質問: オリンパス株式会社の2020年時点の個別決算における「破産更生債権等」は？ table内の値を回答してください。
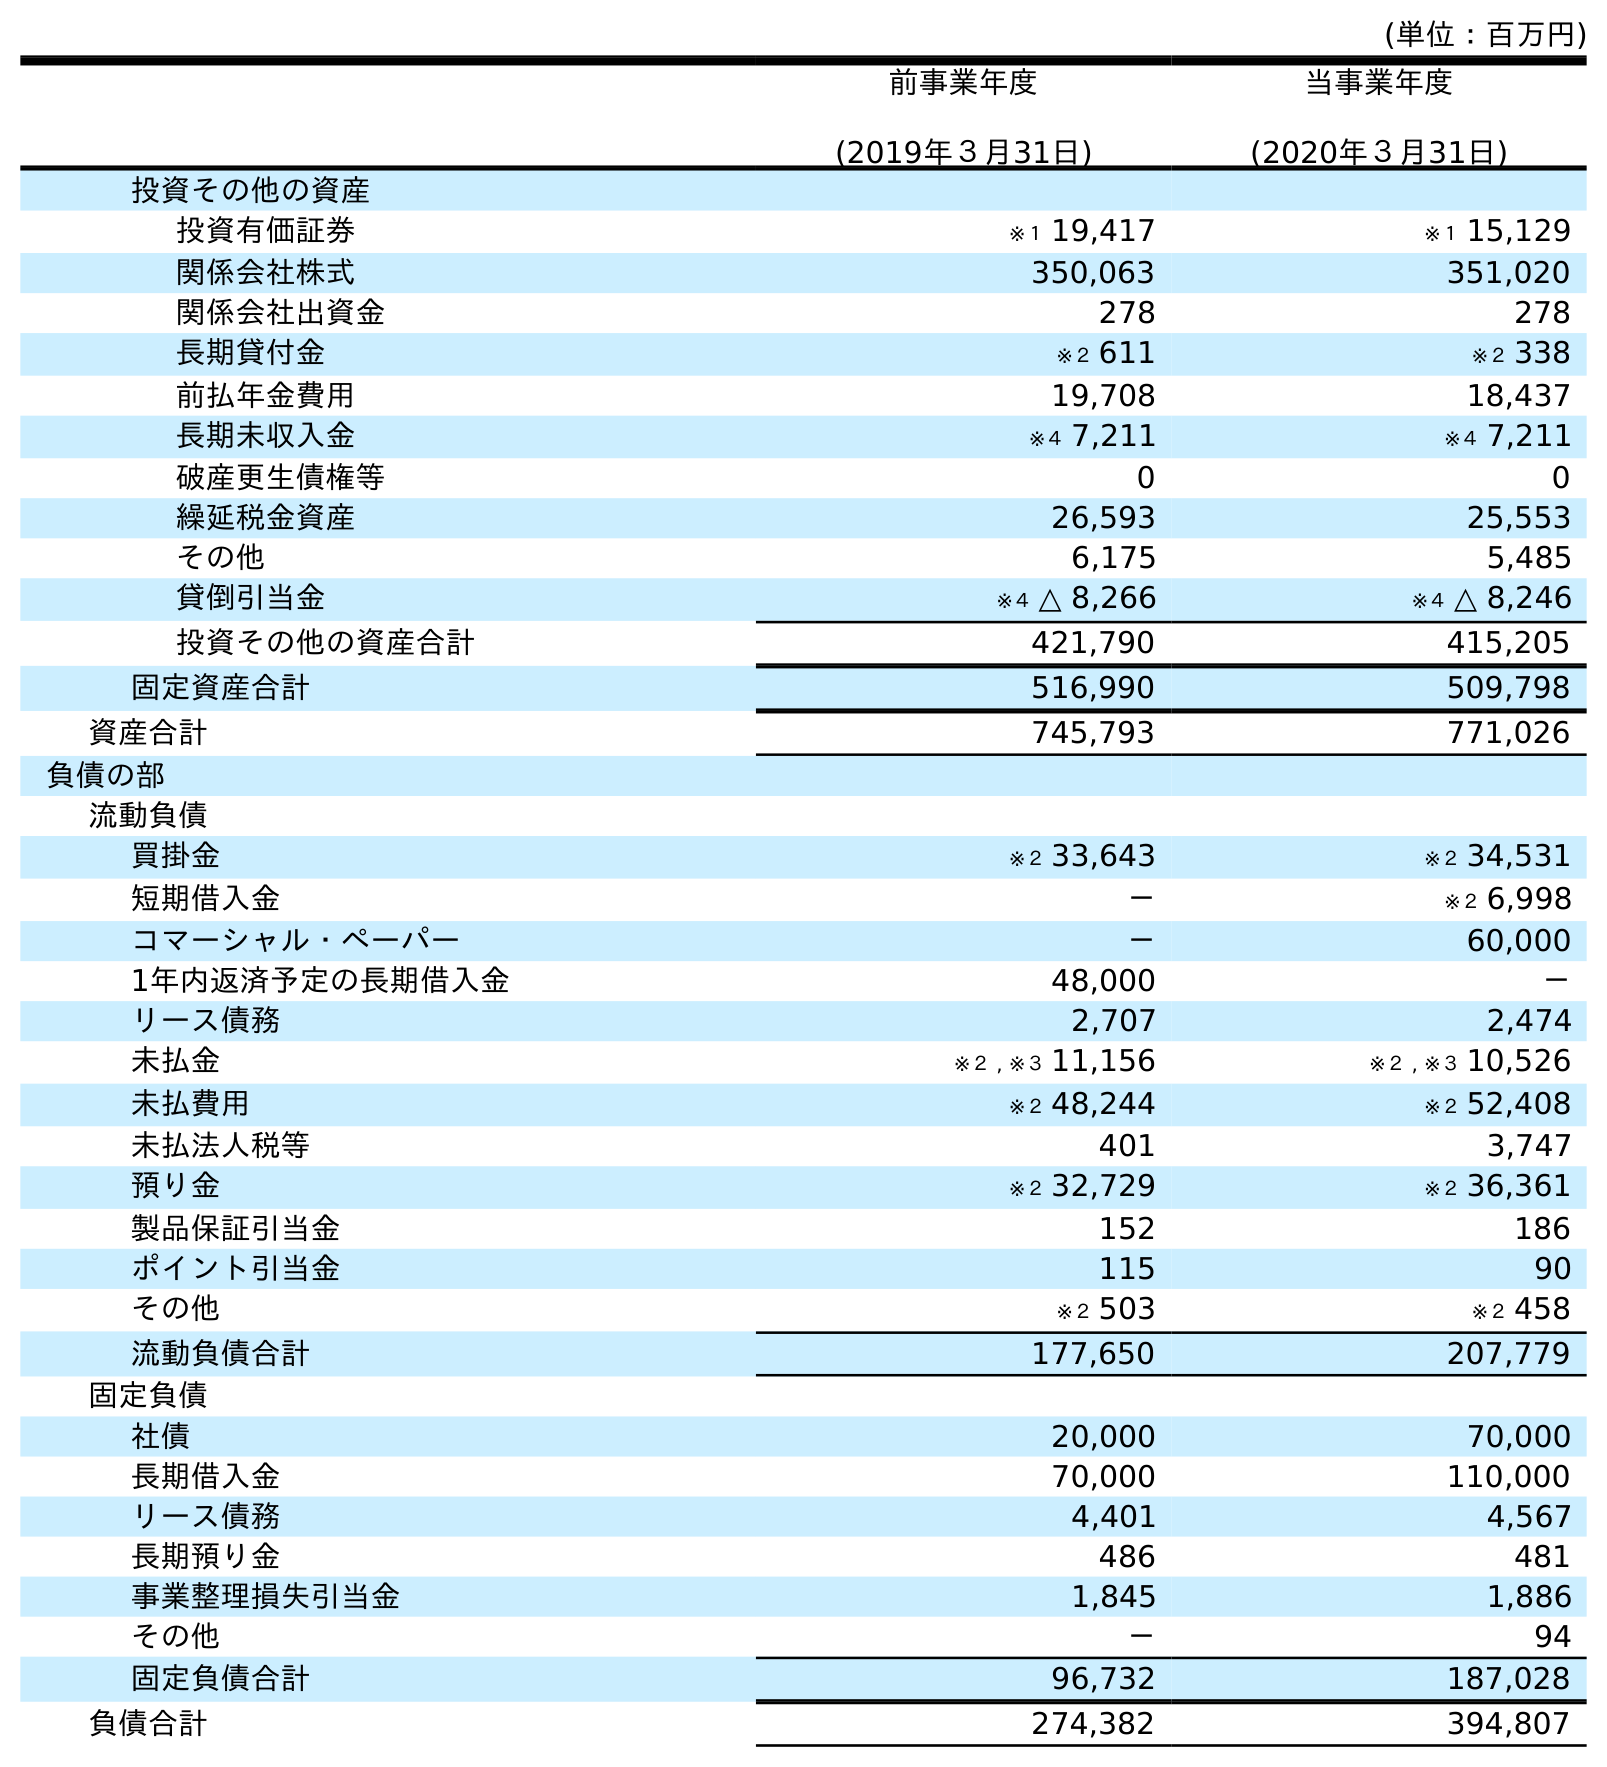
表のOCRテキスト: (単位：百万円) 前事業年度 (2019年３月31日) 当事業年度 (2020年３月31日) 投資その他の資産 投資有価証券 ※１ 19,417 ※１ 15,129 関係会社株式 350,063 351,020 関係会社出資金 278 278 長期貸付金 ※２ 611 ※２ 338 前払年金費用 19,708 18,437 長期未収入金 ※４ 7,211 ※４ 7,211 破産更生債権等 0 0 繰延税金資産 26,593 25,553 その他 6,175 5,485 貸倒引当金 ※４ △ 8,266 ※４ △ 8,246 投資その他の資産合計 421,790 415,205 固定資産合計 516,990 509,798 資産合計 745,793 771,026 負債の部 流動負債 買掛金 ※２ 33,643 ※２ 34,531 短期借入金 － ※２ 6,998 コマーシャル・ペーパー － 60,000 1年内返済予定の長期借入金 48,000 － リース債務 2,707 2,474 未払金 ※２ , ※３ 11,156 ※２ , ※３ 10,526 未払費用 ※２ 48,244 ※２ 52,408 未払法人税等 401 3,747 預り金 ※２ 32,729 ※２ 36,361 製品保証引当金 152 186 ポイント引当金 115 90 その他 ※２ 503 ※２ 458 流動負債合計 177,650 207,779 固定負債 社債 20,000 70,000 長期借入金 70,000 110,000 リース債務 4,401 4,567 長期預り金 486 481 事業整理損失引当金 1,845 1,886 その他 － 94 固定負債合計 96,732 187,028 負債合計 274,382 394,807
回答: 0